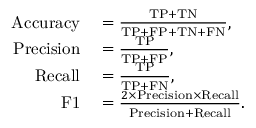
\begin{array} { r l } { \mathrm { A c c u r a c y } } & { { } = \frac { \mathrm { T P } + \mathrm { T N } } { \mathrm { T P } + \mathrm { F P } + \mathrm { T N } + \mathrm { F N } } , } \\ { \mathrm { P r e c i s i o n } } & { { } = \frac { \mathrm { T P } } { \mathrm { T P } + \mathrm { F P } } , } \\ { \mathrm { R e c a l l } } & { { } = \frac { \mathrm { T P } } { \mathrm { T P } + \mathrm { F N } } , } \\ { \mathrm { F 1 } } & { { } = \frac { 2 \times \mathrm { P r e c i s i o n } \times \mathrm { R e c a l l } } { \mathrm { P r e c i s i o n } + \mathrm { R e c a l l } } . } \end{array}